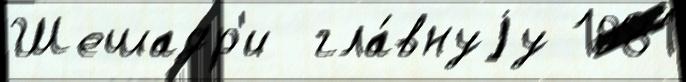
Шешадр'и  гла́внуjу 1981